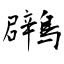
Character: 鸊